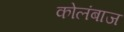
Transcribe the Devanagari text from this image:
कोलंबाज